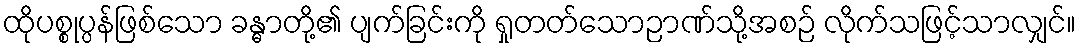
ထိုပစ္စုပ္ပန်ဖြစ်သော ခန္ဓာတို့၏ ပျက်ခြင်းကို ရှုတတ်သောဉာဏ်သို့အစဉ် လိုက်သဖြင့်သာလျှင်။